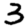
Digit: 3